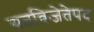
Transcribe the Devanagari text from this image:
गतविजेतेपद